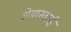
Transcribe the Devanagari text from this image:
शेणखाई